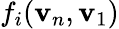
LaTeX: f_{i}(\mathbf{v}_{n},\mathbf{v}_{1})